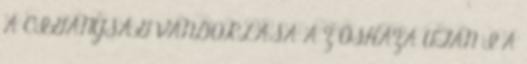
A CIGÁNYSÁG VÁNDORLÁSA A Z ŐSHAZA UTÁN I A